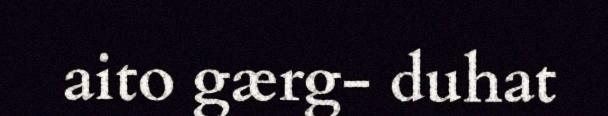
aito gærg- duhat